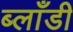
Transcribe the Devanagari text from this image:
ब्लाँडी